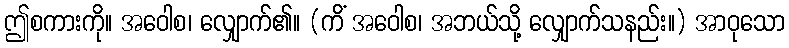
ဤစကားကို။ အဝေါစ၊ လျှောက်၏။ (ကိံ အဝေါစ၊ အဘယ်သို့ လျှောက်သနည်း။) အာဝုသော